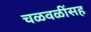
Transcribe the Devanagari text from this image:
चळवळींसह